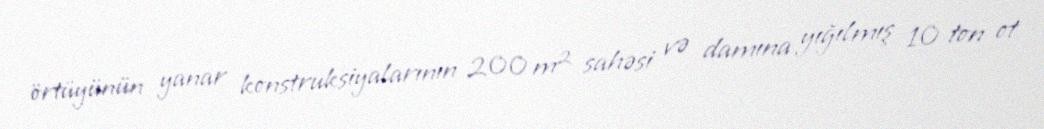
örtüyünün yanar konstruksiyalarının 200 m² sahəsi və damına yığılmış 10 ton ot